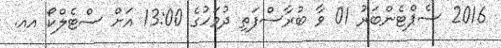
2016 ސެޕްޓެންބަރު 01 ވާ ބުރާސްފަތި ދުވަހުގެ 13:00 އަށް ސްޓެލްކޯ އއ.